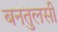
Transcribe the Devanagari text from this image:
बनतुलसी